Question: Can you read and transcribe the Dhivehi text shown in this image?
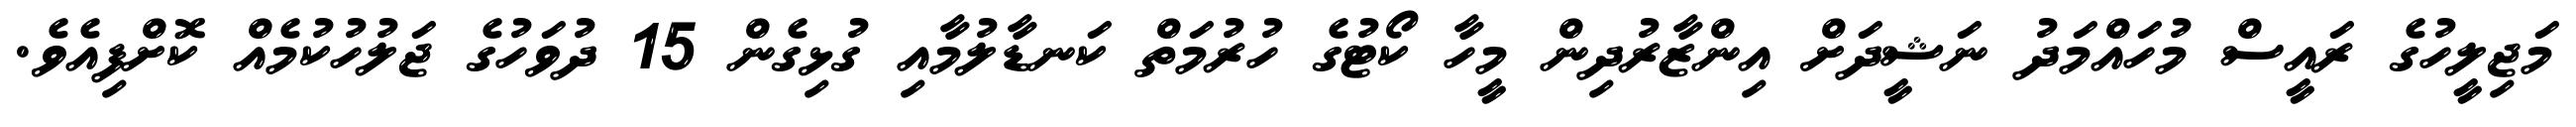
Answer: މަޖިލީހުގެ ރައީސް މުހައްމަދު ނަޝީދަށް އިންޒާރުދިން މީހާ ކޯޓުގެ ހުރުމަތް ކަނޑާލުމާއި ގުޅިގެން 15 ދުވަހުގެ ޖަލުހުކުމެއް ކޮށްފިއެވެ.